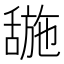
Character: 𬜌